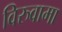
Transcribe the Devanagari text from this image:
विरुवामा